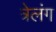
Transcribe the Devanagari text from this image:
त्रेलंग